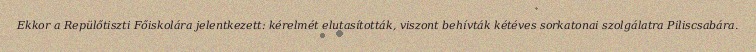
Ekkor a Repülőtiszti Főiskolára jelentkezett: kérelmét elutasították, viszont behívták kétéves sorkatonai szolgálatra Piliscsabára.